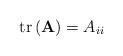
LaTeX: \begin{align*}\mathrm{tr}\left(\mathbf{A}\right)=A_{ii}\end{align*}